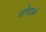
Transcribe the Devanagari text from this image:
नोवार्म